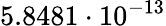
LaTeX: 5.8481\cdot 10^{-13}